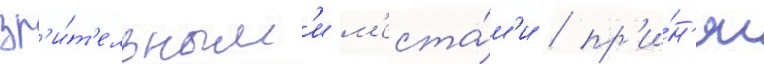
зр'и́т'ельным'и м'еста́м'и / пр'и́н'ял